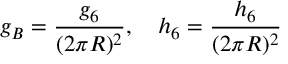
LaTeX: g _ { B } = \frac { g _ { 6 } } { ( 2 \pi R ) ^ { 2 } } , \ \ \ h _ { 6 } = \frac { h _ { 6 } } { ( 2 \pi R ) ^ { 2 } }